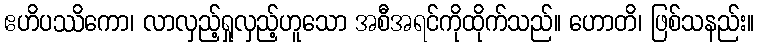
ဧဟိပဿိကော၊ လာလှည့်ရှုလှည့်ဟူသော အစီအရင်ကိုထိုက်သည်။ ဟောတိ၊ ဖြစ်သနည်း။